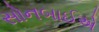
સોનબાઈએ